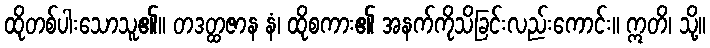
ထိုတစ်ပါးသောသူ၏။ တဒတ္ထဇာန နံ၊ ထိုစကား၏ အနက်ကိုသိခြင်းလည်းကောင်း။ ဣတိ၊ သို့။